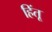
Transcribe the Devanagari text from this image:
हिंतू